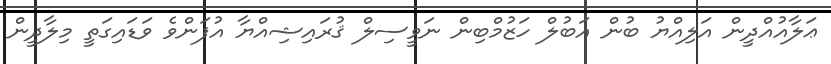
ޢަލާއުއްދީން އަލިއްޔު ބުން އަބުލް ހަޒުމްބިން ނަވީސިލް ޤުރައިޝިއްޔާ އުފަންވެ ވަޑައިގަތީ މިލާދީން